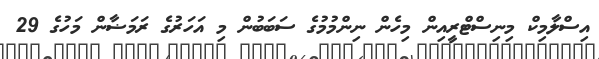
އިސްލާމިކް މިނިސްޓްރީއިން މިހެން ނިންމުމުގެ ސަބަބުން މި އަހަރުގެ ރަމަޟާން މަހުގެ 29